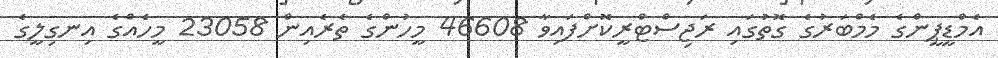
އެމްޑީޕީންގެ މެމްބަރުގެ ގޮތުގައި ރަޖިސްޓްރީކޮށްފައިވާ 46608 މީހުންގެ ތެރެއިން 23058 މީހެއްގެ އިނގިލީގެ